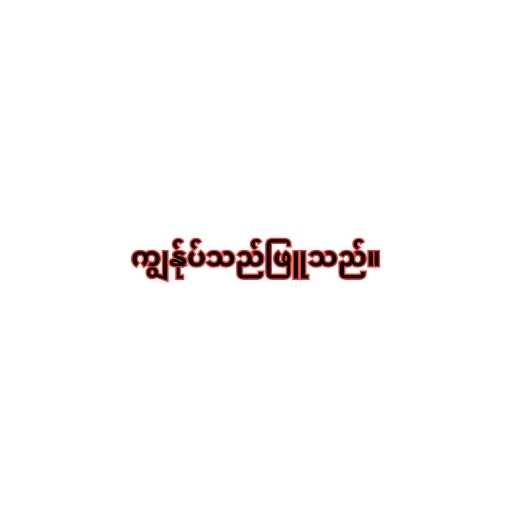
ကျွန်ုပ်သည်ဖြူသည်။